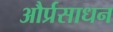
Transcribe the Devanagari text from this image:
और्प्रसाधन